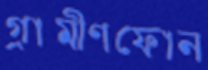
গ্রামীণফোন